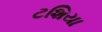
ટશિયા